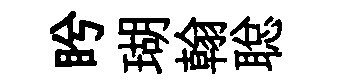
盻瑚翰聪